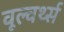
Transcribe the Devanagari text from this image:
वूल्वर्थ्स